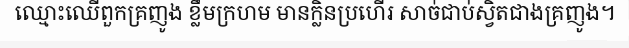
ឈ្មោះឈើពួកគ្រញូង ខ្លឹមក្រហម មានក្លិនប្រហើរ សាច់ជាប់ស្វិតជាងគ្រញូង។